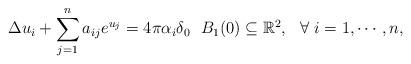
LaTeX: \begin{align*}\Delta u_i+\sum\limits_{j=1}^{n}a_{ij}e^{u_j}=4\pi\alpha_i\delta_0 \ \ B_1(0)\subseteq\mathbb{R}^2, \ \ \forall \ i=1,\cdots,n,\end{align*}